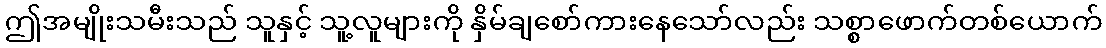
ဤအမျိုးသမီးသည် သူနှင့် သူ့လူများကို နှိမ်ချစော်ကားနေသော်လည်း သစ္စာဖောက်တစ်ယောက်